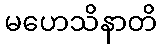
မဟေသိနာတိ